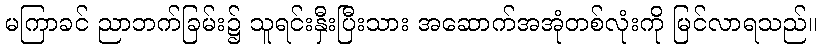
မကြာခင် ညာဘက်ခြမ်း၌ သူရင်းနှီးပြီးသား အဆောက်အအုံတစ်လုံးကို မြင်လာရသည်။